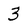
Character: 3